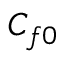
C _ { f 0 }